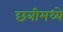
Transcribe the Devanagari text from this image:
छत्रीमध्ये